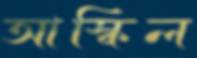
আস্কিল